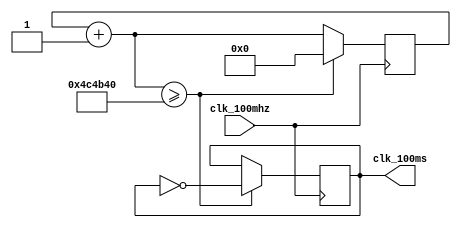

`ifndef _clk_100ms
`define _clk_100ms

module clk_100ms(
    clk_100mhz,
    clk_100ms
);
    input wire clk_100mhz;
    output reg clk_100ms;

    reg [27:0]counter;

    initial begin
        counter = 0;
        clk_100ms = 0;
    end

    always @(posedge clk_100mhz) begin
        counter = counter + 1;
        if (counter >= 5000000) begin
            clk_100ms = ~clk_100ms;
            counter = 0;
        end
    end

endmodule // clk_100ms

`endif